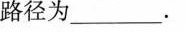
路径为_______。